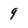
Character: 9